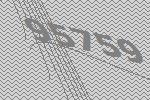
95759